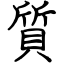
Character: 質